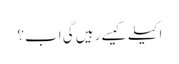
اکیلے کیسے رہیں گی اب؟